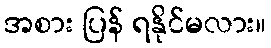
အစား ပြန် ရနိုင်မလား။